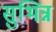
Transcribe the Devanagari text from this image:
सुभिन्न